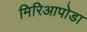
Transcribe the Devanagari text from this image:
मिरिआपोडा